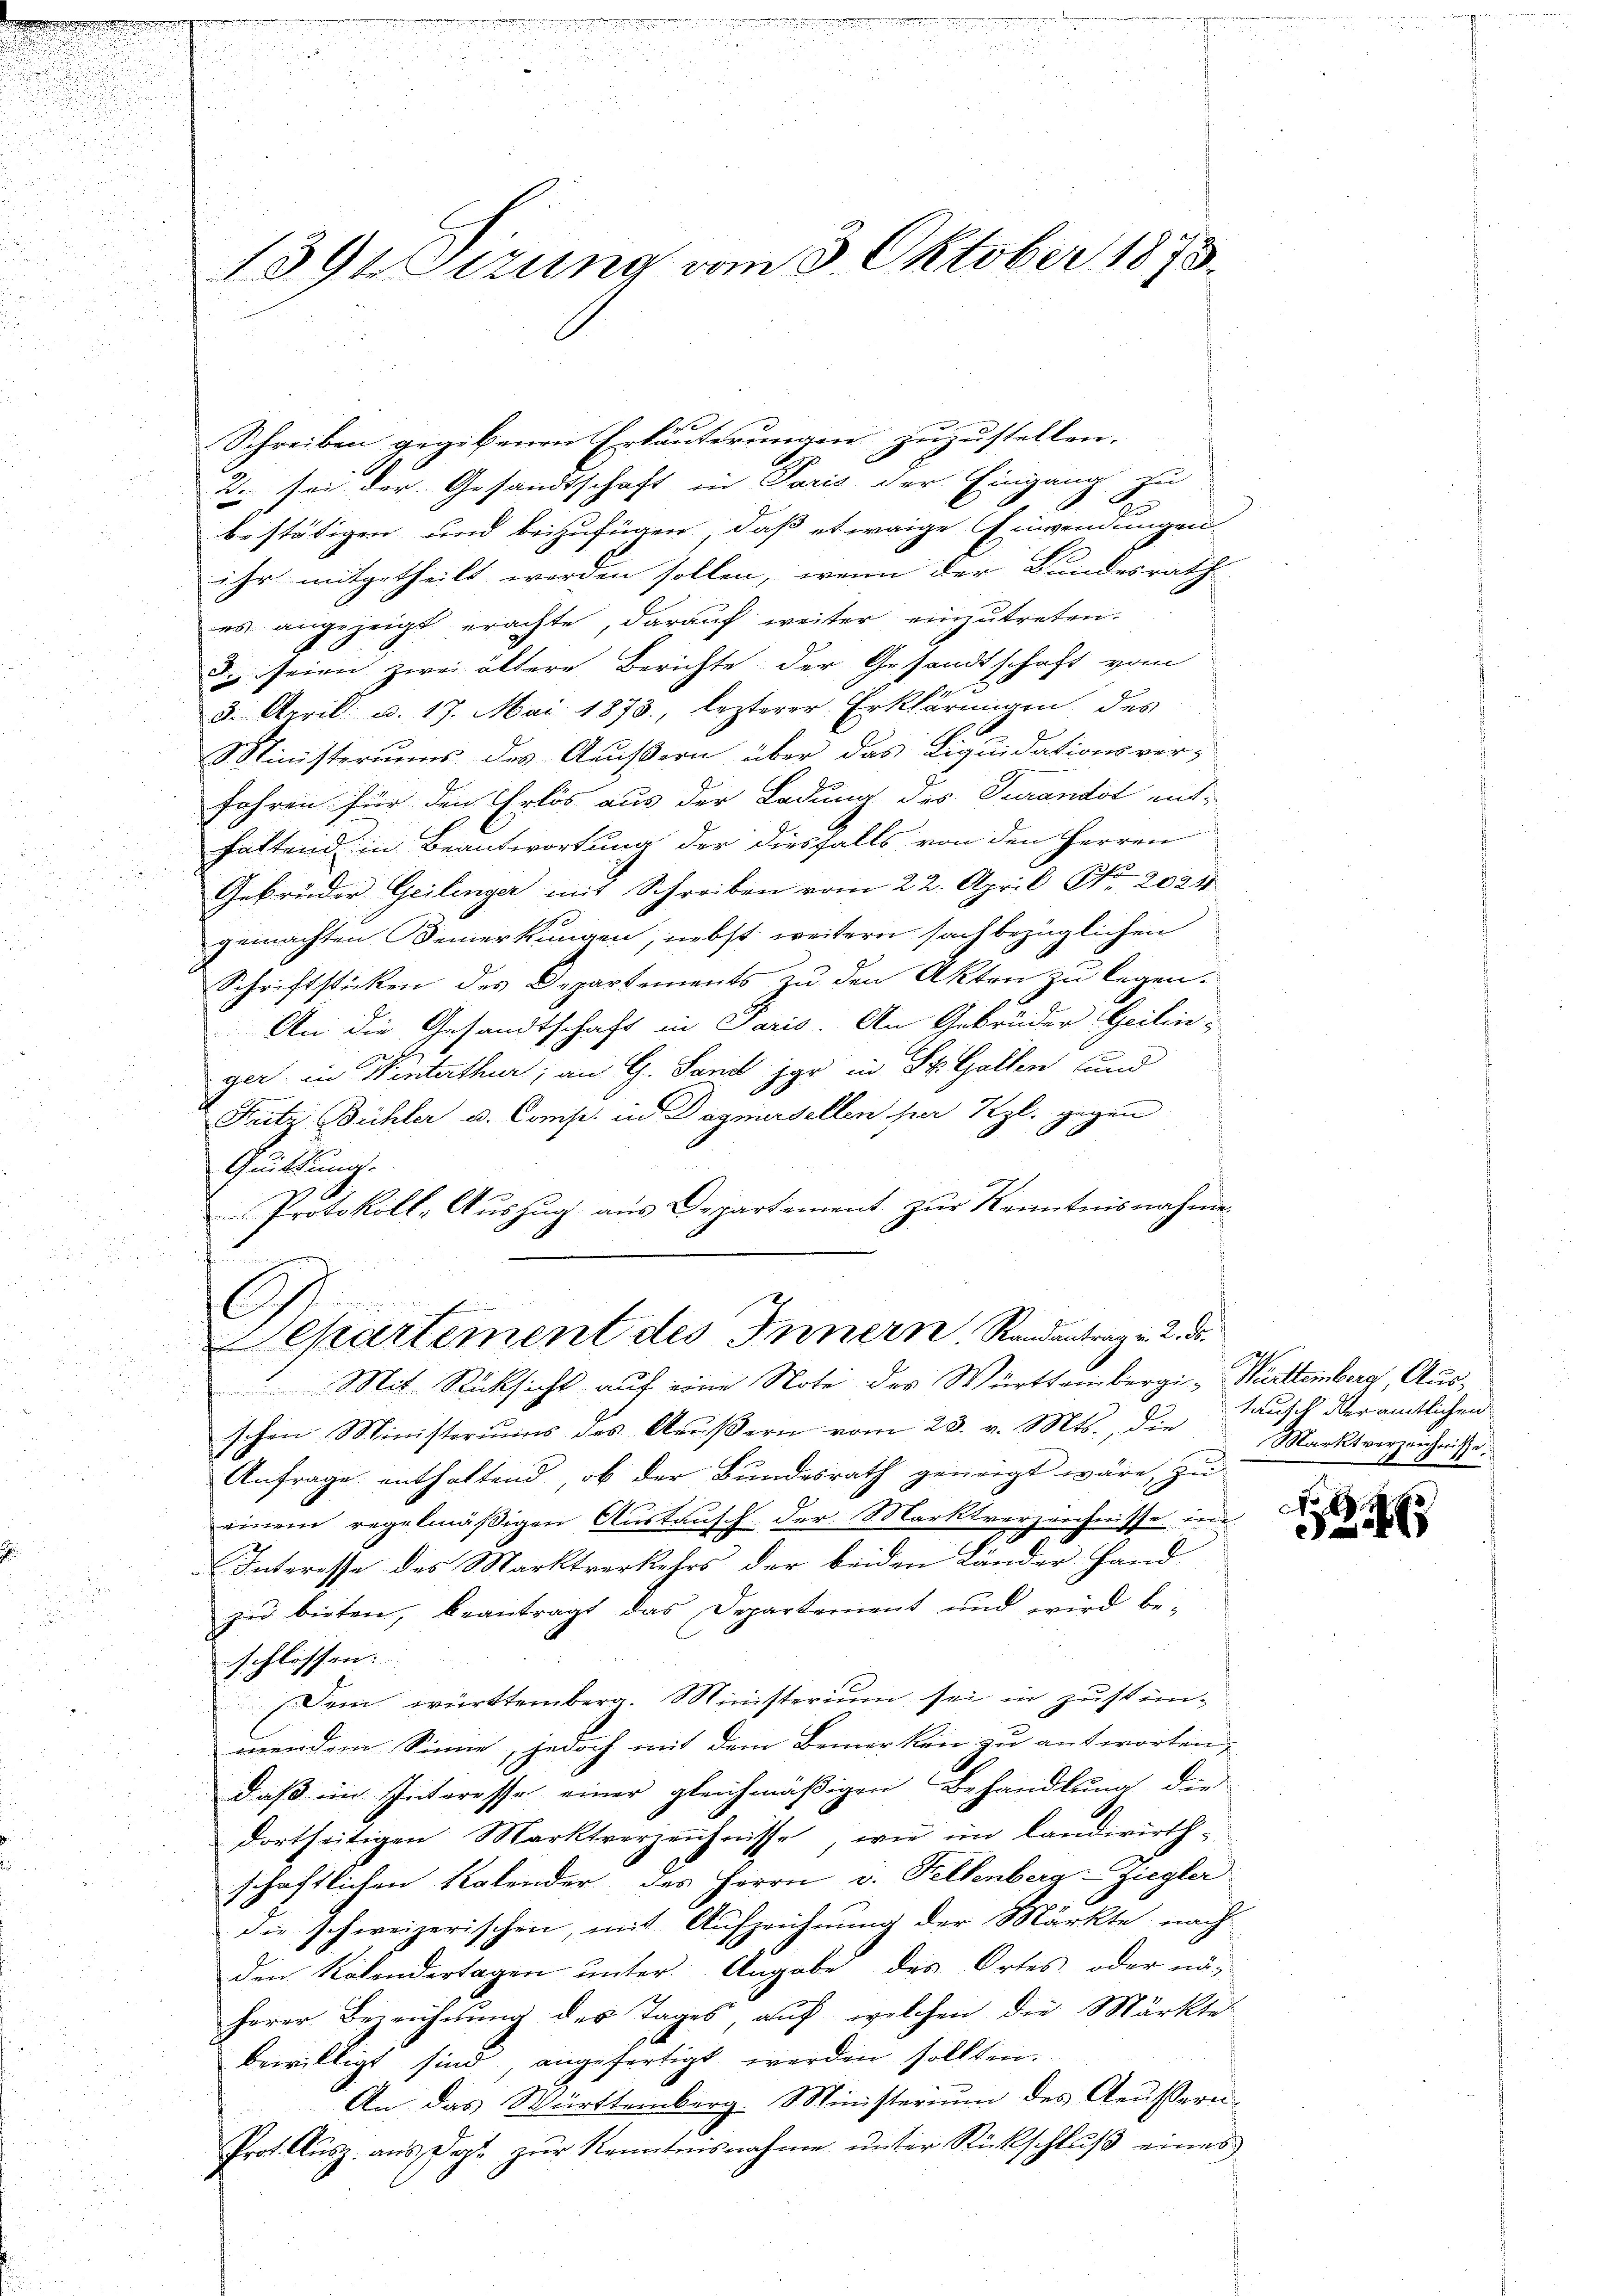
1391 Sizung vom 3. Oktober 1873.

e
Schreiben gegebenen Erläuterungen zuzustellen.
F
2 sei der Gesandtschaft in Paris der Eingang
2
g
bestätigen und beizufügen, daß etwaige Einwendungen
ihr mitgetheilt werden sollen, wenn der Bundesrath
es angezeigt erachte, darauf weiter einzutreten.
d seien zwei ältere Berichte der Gesandtschaft vom
3. Aprill u. 17. Mai 1873, lezterer Erklärungen des
Ministeriums des Aeußern über das Liquidationsver-
Jahren für den Erlös aus der Ladung des Turandot ent-
haltend in Beantwortung der diesfalls von den Herren
Gebrüder Geilinger mit Schreiben vom 22. April N. 2021
gemachten Bemerkungen, nebst weitern sachbezüglichen
Schriftsticken des Departements zu den Akten zu legen.
An die Gesandtschaft in Paris. An Gebrüder Geilin
ger in Winterthur, an G. Sand jar in St. Gallen und
Fütz Bühler u. Comp. in Dogmersellen par Kzl. gegen
Grüttung.
Protokoll-Aŭszŭg aŭs Departement zŭr Kenntnisnahme

i
l
Separtement des Innern Randantrag in 2. ds.
 Mit Rücksicht auf eine Note des Württemberg - Württemberg, Ausschen Ministeriums des Aeußern vom 28. v. Mts., die
Anfrage enthaltend, ob der Bundesrath geneigt wäre, zu

einem regelmäßigen Austausch der Marktverzeichnisse in
Interesse des Marktverkehrs der beiden Länder Hand
zu bieten, beantragt das Departement und wird be-
schlossen.
Dein württemberg. Ministerium sei in Zustimmendem Sinne, jedoch mit dem Bemerken zu antworten,
daß im Interesse einer gleichmäßigen Behandlung die
dortseitigen Marktverzeichnisse, wie im Landwirth-
schaftlichen Kalender des Herrn v. Fellenberg-Ziegler
die schweizerischen, mit Aufzeichnung der Märkte nach
den Rabendertagen unter. Angabe des Ortes oder näherer Bezeichtung des Tages, auf welchen die Märkte
bewilligt sind, angefertigt werden sollten.
An das Württemberg. Ministerium des Aeussern.
Prot. Aŭsz. aus Dop. zŭr Kenntnisnahme unter Rückschluß eines

tausch der amtlichen
Marktverzeichnisse.

No 6
24